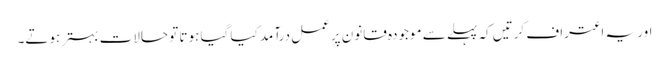
اور یہ اعتراف کرتیں کہ پہلے سے موجودہ قانون پرعمل درآمد کیا گیا ہوتا تو حالات بہتر ہوتے۔